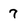
Character: 7